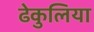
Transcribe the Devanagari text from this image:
ढेकुलिया